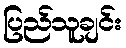
ပြည်သူချင်း